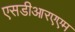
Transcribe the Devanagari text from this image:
एसडीआरएएम